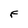
Character: F